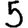
Digit: 5